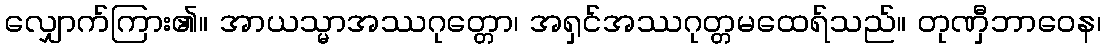
လျှောက်ကြား၏။ အာယသ္မာအဿဂုတ္တော၊ အရှင်အဿဂုတ္တမထေရ်သည်။ တုဏှီဘာဝေန၊